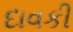
દાવકી